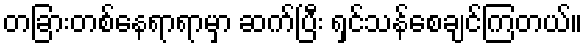
တခြားတစ်နေရာရာမှာ ဆက်ပြီး ရှင်သန်စေချင်ကြတယ်။